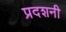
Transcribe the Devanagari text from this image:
प्रदशनी